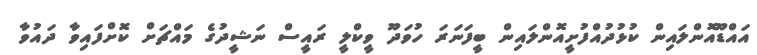
އައްޑޫއޮންލައިން ކުޅުދުއްފުށީއޮންލައިން ބީފަނަރަ ހުވަދޫ ވީކްލީ ރައީސް ނަޝީދުގެ މައްޗަށް ކޮށްފައިވާ ދައުވާ